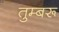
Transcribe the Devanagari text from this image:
तुम्बरू